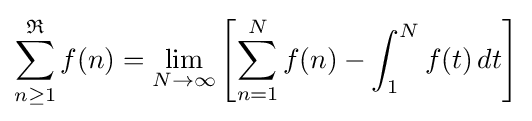
\sum _{n\geq 1}^{\mathfrak {R}}f(n)=\lim _{N\to \infty }\left[\sum _{n=1}^{N}f(n)-\int _{1}^{N}f(t)\,dt\right]